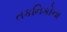
તકનિકોના